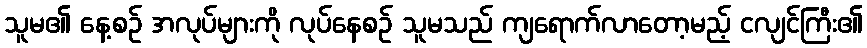
သူမ၏ နေ့စဉ် အလုပ်များကို လုပ်နေစဉ် သူမသည် ကျရောက်လာတော့မည့် ငလျင်ကြီး၏